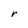
Character: r